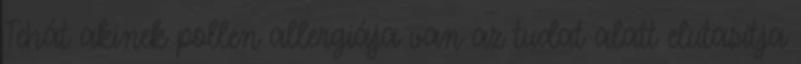
Tehát akinek pollen allergiája van az tudat alatt elutasítja